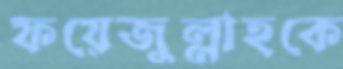
ফয়েজুল্লাহকে